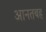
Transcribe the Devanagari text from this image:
आनतबह